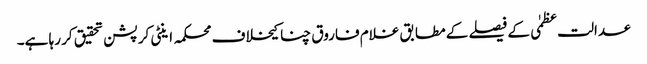
عدالت عظمٰی کے فیصلے کے مطابق غلام فاروق چنا کیخلاف محکمہ اینٹی کرپشن تحقیق کر رہا ہے۔